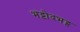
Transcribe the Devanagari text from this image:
भट्टोदभट्ट